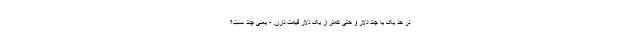
در حد یک یا چند دلار و حتی کمتر از یک دلار قیمت دارن. - یعنی چند سنت؟